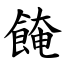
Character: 餣